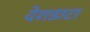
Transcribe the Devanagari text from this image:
देशडाटा